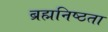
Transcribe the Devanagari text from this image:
ब्रह्मनिष्ठता